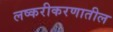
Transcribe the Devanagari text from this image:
लष्करीकरणातील